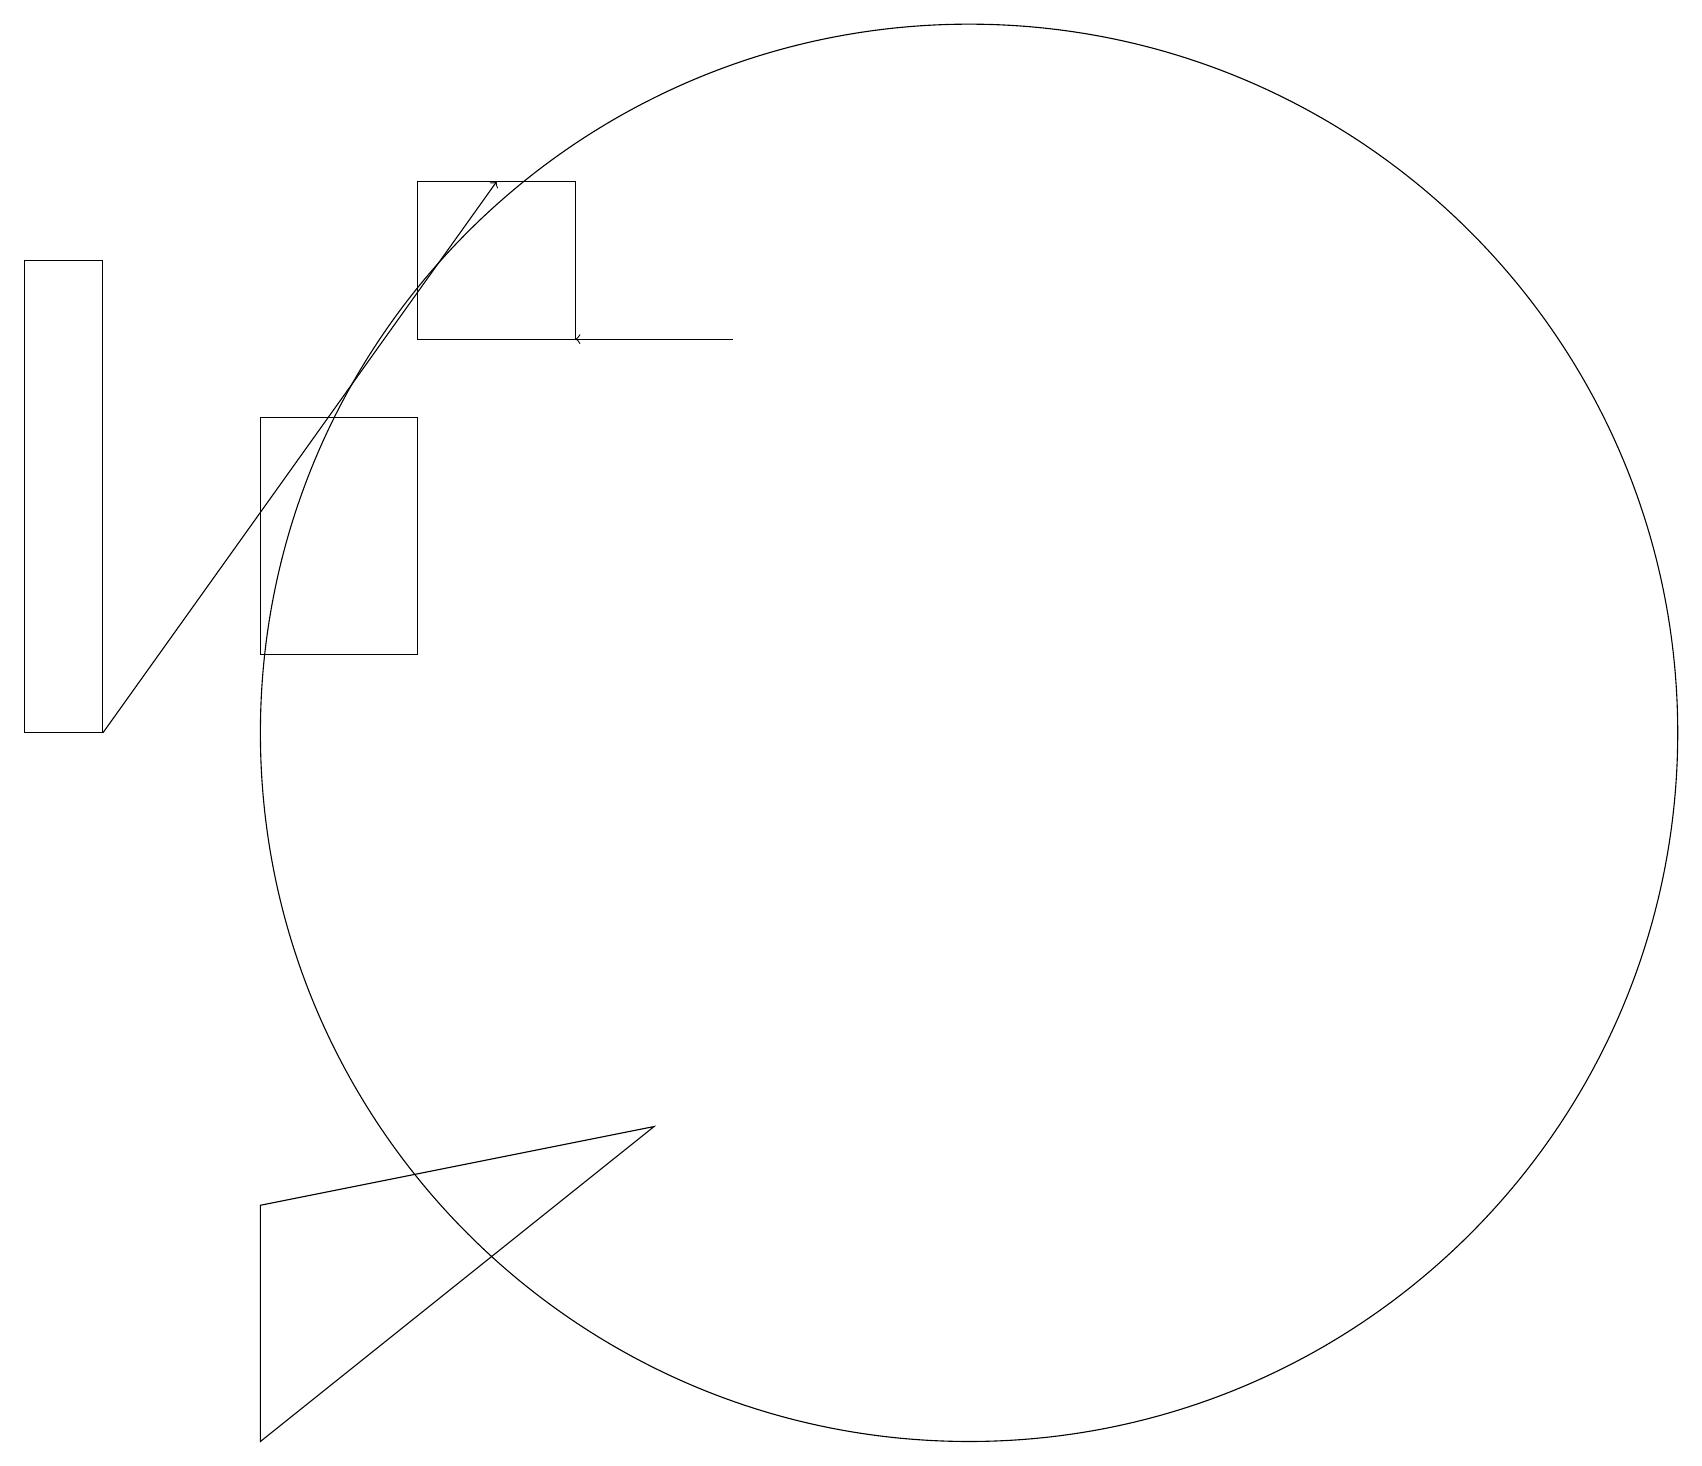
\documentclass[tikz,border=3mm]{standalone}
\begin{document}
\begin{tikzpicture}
\draw[->] (9,15) -- (7,15);
\draw (5,14) rectangle (3,11);
\draw (5,15) rectangle (7,17);
\draw (1,13) rectangle (1,10);
\draw (12,10) circle (9);
\draw[->] (1,10) -- (6,17);
\draw (0,10) rectangle (1,16);
\draw (8,5) -- (3,4) -- (3,1) -- cycle;
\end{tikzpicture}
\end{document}